Quinine and its salts - Number 41
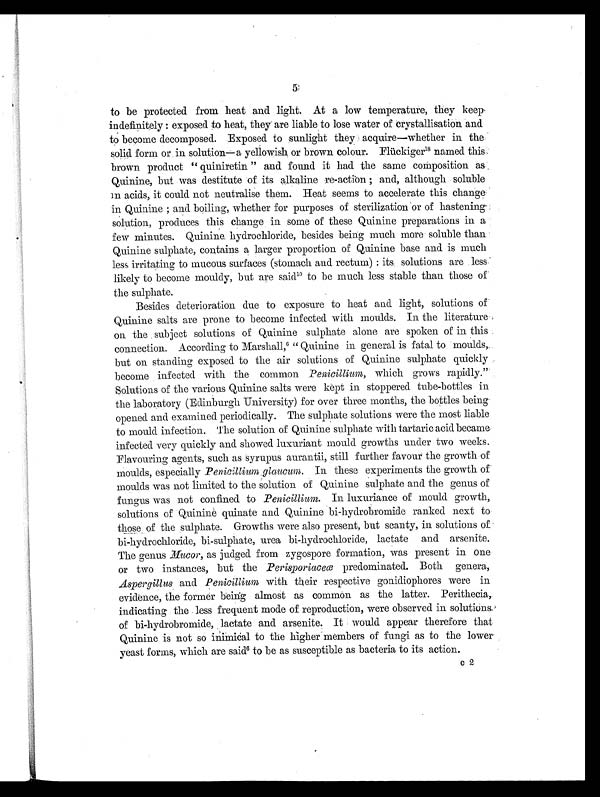
5
to be protected from heat and light. At a low temperature, they keep
indefinitely : exposed to heat, they are liable to lose water of crystallisation and
to become decomposed. Exposed to sunlight they acquire—whether in the
solid form or in solution—a yellowish or brown colour. Flückiger18 named this
brown product "quiniretin" and found it had the same composition as
Quinine, but was destitute of its alkaline re-action ; and, although soluble
in acids, it could not neutralise them. Heat seems to accelerate this change
in Quinine ; and boiling, whether for purposes of sterilization or of hastening
solution, produces this change in some of these Quinine preparations in a
few minutes. Quinine, hydrochloride, besides being much more soluble than
Quinine sulphate, contains a larger proportion of Quinine base and is much
less irritating to mucous surfaces (stomach and rectum) : its, solutions are less
likely to become mouldy, but are said10 to be much less stable than those of
the sulphate.
Besides deterioration due to exposure to heat and light, solutions of
Quinine salts are prone to become infected with moulds. In the literature
on the subject solutions of Quinine sulphate alone are spoken of in this
connection. According to Marshall,6 "Quinine in general is fatal to moulds,
but on standing exposed to the air solutions of Quinine sulphate quickly
become infected with the common Penicillinm, which grows rapidly."
Solutions of the various Quinine salts were kept in stoppered tube-bottles in
the laboratory (Edinburgh University) for over three months, the bottles being
opened and examined periodically. The sulphate solutions were the most liable
to mould infection. The solution of Quinine sulphate with tartaric acid became
infected very quickly and showed luxuriant mould growths under two weeks.
Flavouring agents, such as syrupus aurantii, still further favour the growth of
moulds, especially Penicillium glaitcum. In these experiments the growth of
moulds was not limited to the solution of Quinine sulphate and the genus of
fungus was not confined to Penicillium. In luxuriance of mould growth,
solutions of Quinine quinate and Quinine bi-hydrobromide ranked next to
those of the sulphate. Growths were also present, but scanty, in solutions of
bi-hydrochloride, bi-sulphate, urea bi-hydrochloride, lactate and arsenite.
The genus Mucor, as judged from zygospore formation, was present in one
or two instances, but the Perisporiaceœ predominated. Both genera,
Aspergillus and Penicillium with their respective gonidiophores were in
evidence, the former being almost as common as the latter. Perithecia,
indicating the less frequent mode of reproduction, were observed in solutions
of bi-hydrobromide, lactate and arsenite. It would appear therefore that
Quinine is not so inimical to the higher members of fungi as to the lower.
yeast forms, which are said6 to be as susceptible as bacteria to its action.
c 2